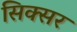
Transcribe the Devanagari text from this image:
सिक्सर